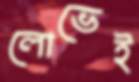
লোভেই